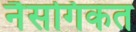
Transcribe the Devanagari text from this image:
नैसगिकत